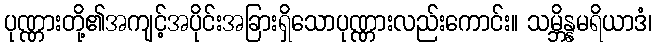
ပုဏ္ဏားတို့၏အကျင့်အပိုင်းအခြားရှိသောပုဏ္ဏားလည်းကောင်း။ သမ္ဘိန္နမရိယာဒံ၊